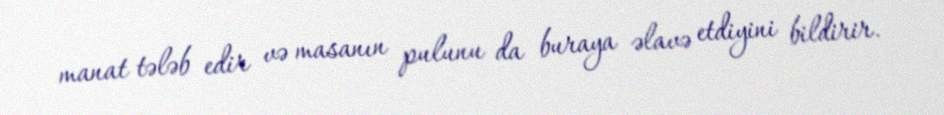
manat tələb edir və masanın pulunu da buraya əlavə etdiyini bildirir.